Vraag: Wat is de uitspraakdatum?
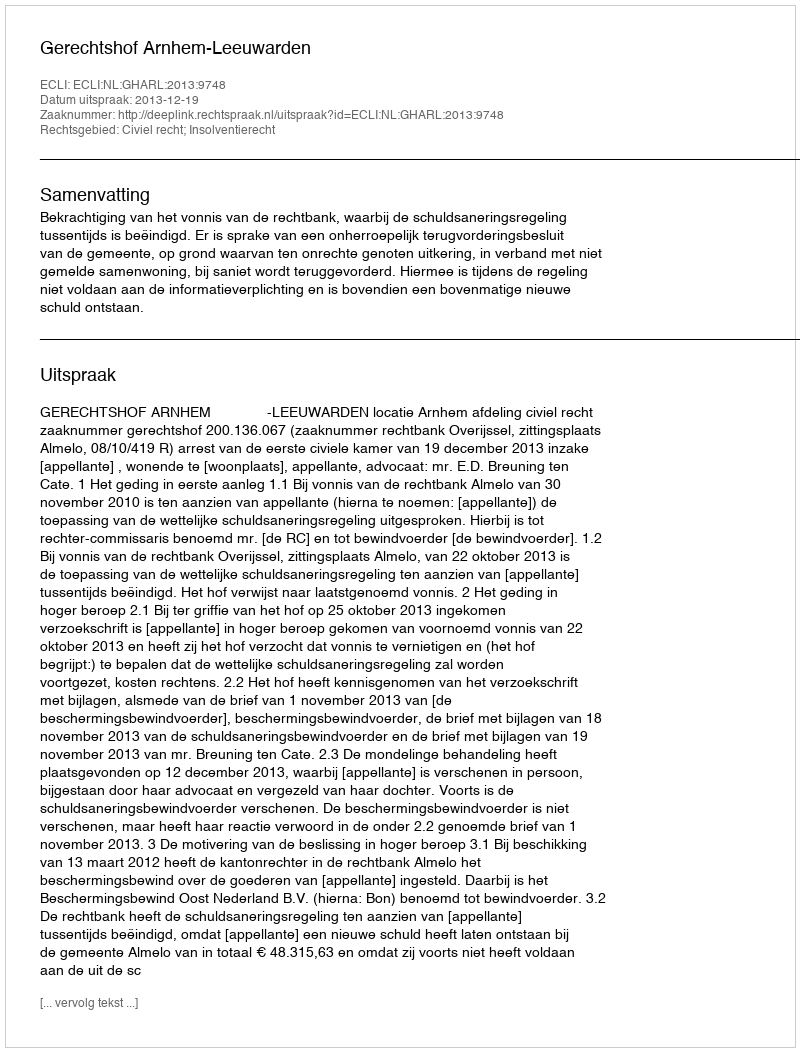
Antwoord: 2013-12-19